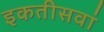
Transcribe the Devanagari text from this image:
इकतीसवां